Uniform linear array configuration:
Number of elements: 8
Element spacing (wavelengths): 0.75
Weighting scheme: binomial
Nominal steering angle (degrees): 30
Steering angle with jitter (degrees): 29.796
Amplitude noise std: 0.05
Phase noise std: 0.05

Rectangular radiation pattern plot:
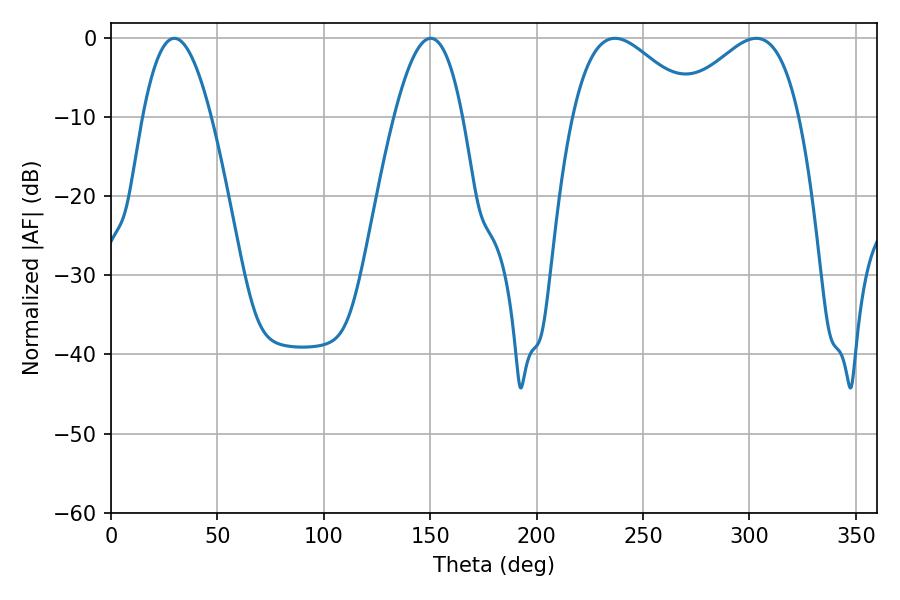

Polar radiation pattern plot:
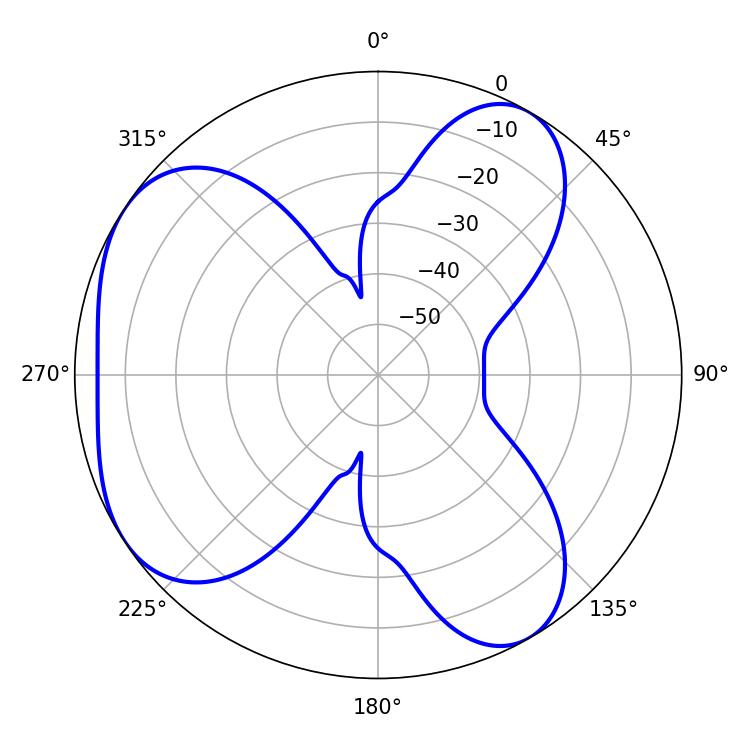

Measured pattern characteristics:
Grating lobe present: TRUE
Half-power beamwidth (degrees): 31.14
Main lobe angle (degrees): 236.88